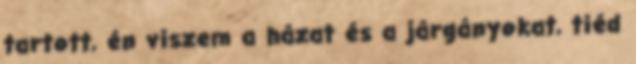
tartott, én viszem a házat és a járgányokat, tiéd